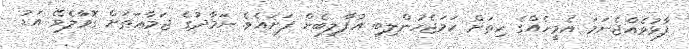
ފާޅުވެއްޖެނަމަ އެމީހެއްގެ ހިތަށް ހަމަޖެހުންލިބި އުފާލިބެން ފަށައެވެ. ނަމާދުގެ ޖަމާޢަތަށް ގޮވާލެވޭ އަޑު